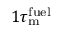
1 \tau _ { \mathrm { m } } ^ { \mathrm { f u e l } }